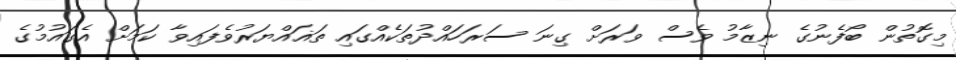
މިގޮތުން ބޯފެނުގެ ނިޒާމު ވެސް ވަރަށް ގިނަ ސަރަހައްދުތަކެއްގައި ތަޣައްޔަރުވެފައިވާ ކަމަށް އެގައުމުގެ